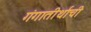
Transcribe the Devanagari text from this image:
गंगातीर्थांची